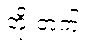
တိုးတက်